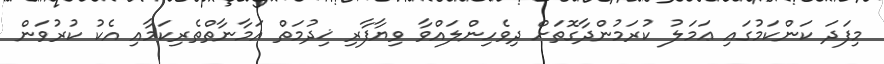
މިފަދަ ކަންކަމުގައި ޢަމަލު ކުރަމުންދާގޮތަށް ދިވެހިންލައްވާ ވިޔާފާރި ޚިދުމަތް އަމާނާތްތެރިކަމާއި އެކު ކުރުވަން